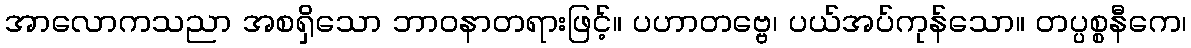
အာလောကသညာ အစရှိသော ဘာဝနာတရားဖြင့်။ ပဟာတဗ္ဗေ၊ ပယ်အပ်ကုန်သော။ တပ္ပစ္စနီကေ၊